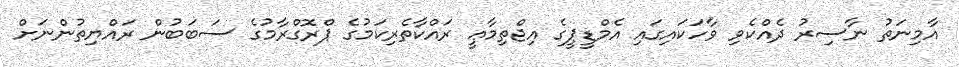
އާމިނަތު ނާސިރު ދެއްކެވި ވާހަކައިގައި އެމްޑީޕީގެ އިޖްތިމާޢީ ރައްކާތެރިކަމުގެ ޕްރޮގްރާމުގެ ސަބަބުން ރައްޔިތުންނަށް